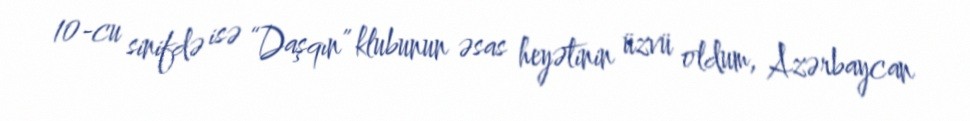
10-cu sinifdə isə “Daşqın” klubunun əsas heyətinin üzvü oldum, Azərbaycan